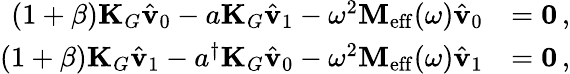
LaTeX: \begin{array}{rl}{(1+\beta)\mathbf{K}_{G}\hat{\mathbf{v}}_{0}-a\mathbf{K}_{G}\hat{\mathbf{v}}_{1}-\omega^{2}\mathbf{M}_{\mathrm{eff}}(\omega)\hat{\mathbf{v}}_{0}}&{=\mathbf{0}\, ,}\\ {(1+\beta)\mathbf{K}_{G}\hat{\mathbf{v}}_{1}-a^{\dagger}\mathbf{K}_{G}\hat{\mathbf{v}}_{0}-\omega^{2}\mathbf{M}_{\mathrm{eff}}(\omega)\hat{\mathbf{v}}_{1}}&{=\mathbf{0}\, ,}\end{array}